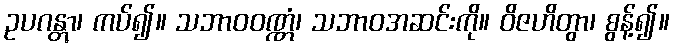
ဥပဂန္တွာ၊ ကပ်၍။ သဘာဝဝဏ္ဏံ၊ သဘာဝအဆင်းကို။ ဝိဇဟိတွာ၊ စွန့်၍။